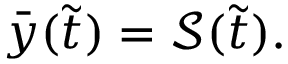
\begin{array} { r } { \bar { y } ( \Tilde { t } ) = \mathcal { S } ( \Tilde { t } ) . } \end{array}